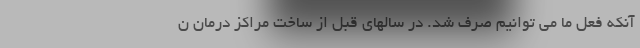
آنکه فعل ما می توانیم صرف شد. در سالهای قبل از ساخت مراکز درمان ن